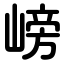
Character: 嵭